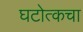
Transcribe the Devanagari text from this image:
घटोत्कचा